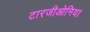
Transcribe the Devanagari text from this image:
टारजीओनिया